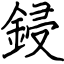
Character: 鋟